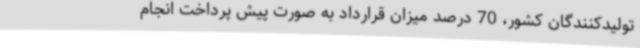
تولیدکنندگان کشور، 70 درصد میزان قرارداد به صورت پیش پرداخت انجام